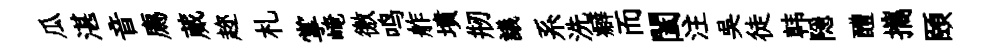
瓜湛音廌蕆趂札掌崦徼鸣舴墳剏議系洗癖而闔注吴徒韩隠醴攜頤